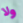
ولا